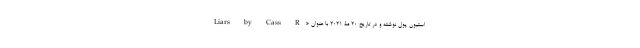
استیون پول نوشته و در تاریخ ۲۰ مۀ ۲۰۲۱ با عنوان «Liars by Cass R